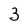
Character: 3